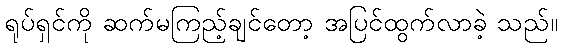
ရုပ်ရှင်ကို ဆက်မကြည့်ချင်တော့ အပြင်ထွက်လာခဲ့ သည်။